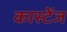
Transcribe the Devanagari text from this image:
कास्टेंज